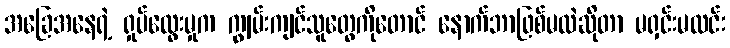
အခြေအနေရဲ့ ရှုပ်ထွေးမှုက ကျွမ်းကျင်သူတွေကိုတောင် နောက်ဘာဖြစ်မလဲဆိုတာ မရှင်းမလင်း